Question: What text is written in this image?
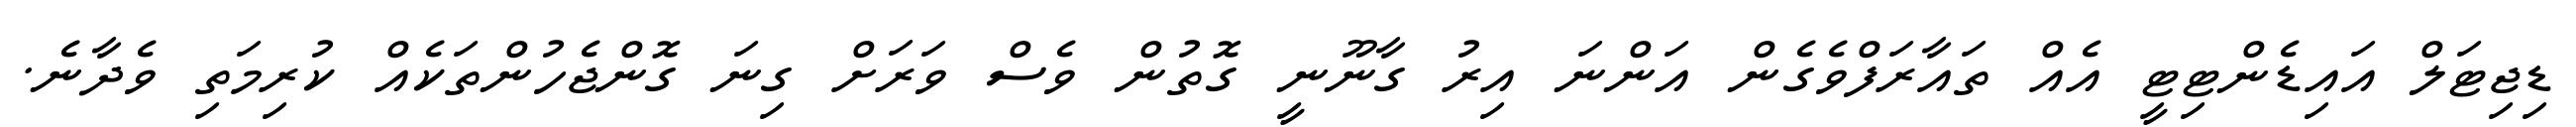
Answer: ޑިޖިޓަލް އައިޑެންޓިޓީ އެއް ތައާރަފްވެގެން އަންނަ އިރު ގާނޫނީ ގޮތުން ވެސް ވަރަށް ގިނަ ގޮންޖެހުންތަކެއް ކުރިމަތި ވެދާނެ.